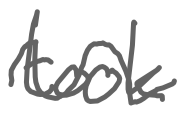
Text: took
Cross-out: wave
Writing tool: digital_gray